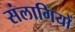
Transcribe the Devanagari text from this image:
संलागियों